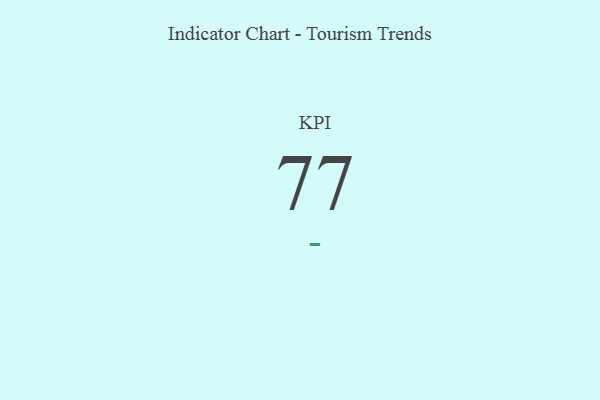
{"axis": {"x": "KPI", "y": "Value"}, "legend": [""], "data": [{"x": "KPI", "y": 77, "type": ""}]}